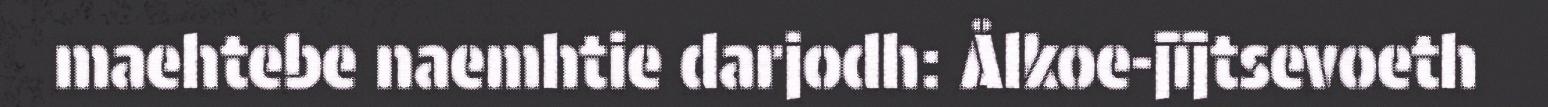
maehtebe naemhtie darjodh: Ålkoe-jïjtsevoeth